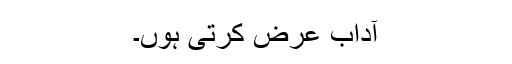
آداب عرض کرتی ہوں۔